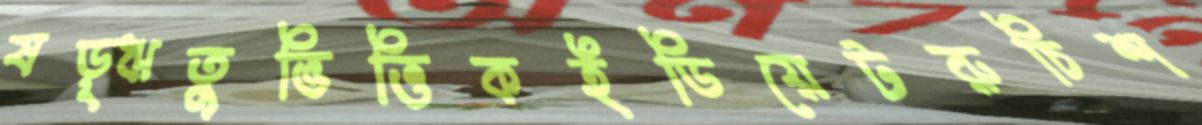
ষড়্ঋতুভিত্তিকইডিয়েটরুচিশ